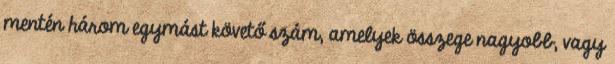
mentén három egymást követő szám, amelyek összege nagyobb, vagy